Senior Leaving Certificate Examination (including Day School Certificate (Higher) General paper), 1949
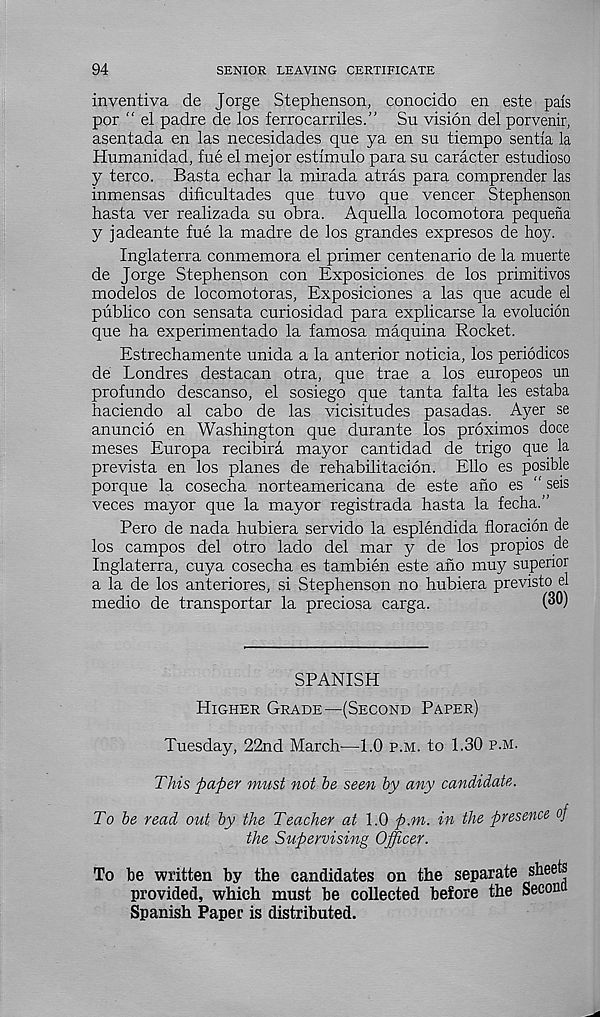
94
SENIOR LEAVING CERTIFICATE
inventiva de Jorge Stephenson, conocido en este pais
por “ el padre de los ferrocarriles.” Su vision del porvenir,
asentada en las necesidades que ya en su tiempo sentia la
Humanidad, fue el mejor estimulo para su caracter estudioso
y terco. Basta echar la mirada atras para comprender las
inmensas dificultades que tuvo que veneer Stephenson
hasta ver realizada su obra. Aquella locomotora pequena
y jadeante fue la madre de los grandes expresos de hoy.
Inglaterra conmemora el primer centenario de la muerte
de Jorge Stephenson con Exposiciones de los primitivos
modelos de locomotoras, Exposiciones a las que acude el
publico con sensata curiosidad para explicarse la evolucion
que ha experimentado la famosa maquina Rocket.
Estrechamente unida a la anterior noticia, los periodicos
de Londres destacan otra, que trae a los europeos un
profundo descanso, el sosiego que tanta falta les estaba
haciendo al cabo de las vicisitudes pasadas. Ayer se
anuncio en Washington que durante los proximos doce
meses Europa recibira mayor cantidad de trigo que la
prevista en los planes de rehabilitacion. Elio es posible
porque la cosecha norteamericana de este ano es " seis
veces mayor que la mayor registrada hasta la fecha.”
Pero de nada hubiera servido la esplendida floracion de
los campos del otro lado del mar y de los propios de
Inglaterra, cuya cosecha es tambien este ano muy superior
a la de los anteriores, si Stephenson no hubiera previsto el
medio de transportar la preciosa carga.
SPANISH
Higher Grade—(Second Paper)
Tuesday, 22nd March—1.0 p.m. to 1.30 p.m.
This paper must not he seen by any candidate.
To be read out by the Teacher at 1.0 p.m. in the presence oj
the Supervising Officer.
To be written by the candidates on the separate sheets
provided, which must be collected before the Secon
Spanish Paper is distributed.